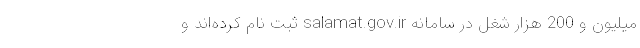
میلیون و 200 هزار شغل در سامانه salamat.gov.ir ثبت نام کرده‌اند و